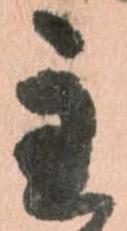
主